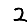
Digit: 2